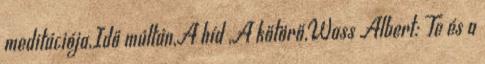
meditációja,Idő múltán,A híd ,A kőtörő,Wass Albert: Te és a